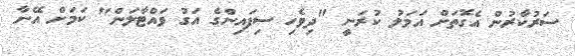
ސަރުކާރުން އެގޮތަށް އަމަލު ކުރަނީ "ދިވެހި ސިފައިންގެ އަގު ވައްޓާލަން" ކަމަށް އޭނާ